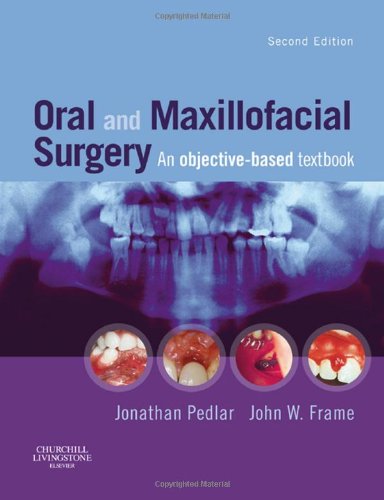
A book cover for Oral and Maxillofacial Surgery: An Objective-Based Textbook, 2e; Medical Books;